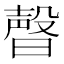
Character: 𣍆